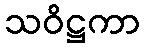
သဝိဋ္ဌကာ